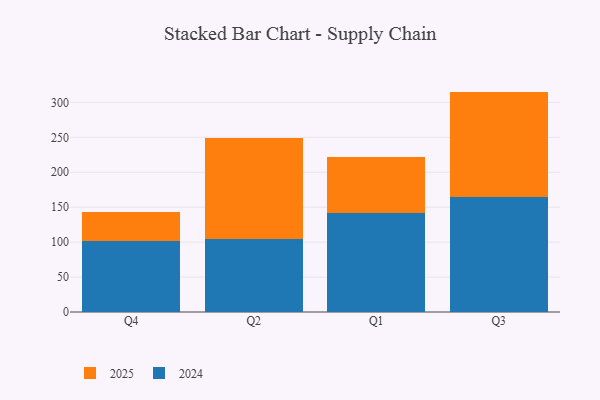
{"axis": {"x": "Quarter", "y": "Net Income (USD K)"}, "legend": ["2024", "2025"], "data": [{"x": "Q4", "y": 42.4, "type": "2025"}, {"x": "Q4", "y": 101.2, "type": "2024"}, {"x": "Q2", "y": 145.6, "type": "2025"}, {"x": "Q2", "y": 103.8, "type": "2024"}, {"x": "Q1", "y": 79.5, "type": "2025"}, {"x": "Q1", "y": 142.0, "type": "2024"}, {"x": "Q3", "y": 150.6, "type": "2025"}, {"x": "Q3", "y": 164.9, "type": "2024"}]}